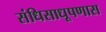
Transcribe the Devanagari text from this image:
संधिसाधूपणास